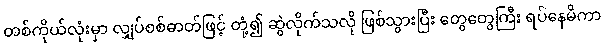
တစ်ကိုယ်လုံးမှာ လျှပ်စစ်ဓာတ်ဖြင့် တုံ့၍ ဆွဲလိုက်သလို ဖြစ်သွားပြီး တွေတွေကြီး ရပ်နေမိကာ